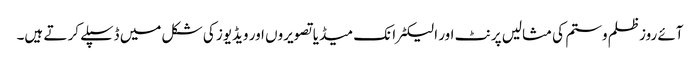
آئے روزظلم وستم کی مثالیں پرنٹ اور الیکٹرانک میڈیا تصویروں اور ویڈیوز کی شکل میں ڈسپلے کر تے ہیں۔